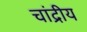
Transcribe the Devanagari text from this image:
चांद्रीय